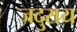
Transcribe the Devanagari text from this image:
जदुराय